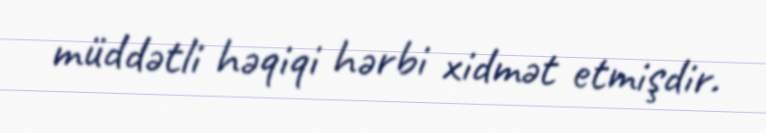
müddətli həqiqi hərbi xidmət etmişdir.